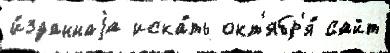
и́зданнаjа иска́ть окт'ябр'я́ сайт